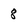
Character: 8